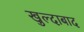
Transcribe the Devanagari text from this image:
खुल्‍दाबाद